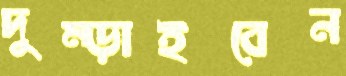
দুম্‌ড়াইবেন